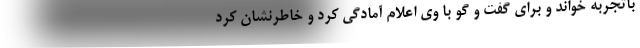
باتجربه خواند و برای گفت و گو با وی اعلام آمادگی کرد و خاطرنشان کرد